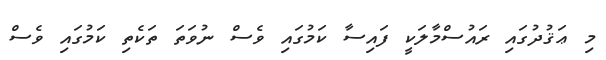
މި ޢަޤުދުގައި ރައުސްމާލަކީ ފައިސާ ކަމުގައި ވެސް ނުވަތަ ތަކެތި ކަމުގައި ވެސް